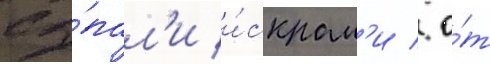
сы́пал'и и́скрам'и / о́т